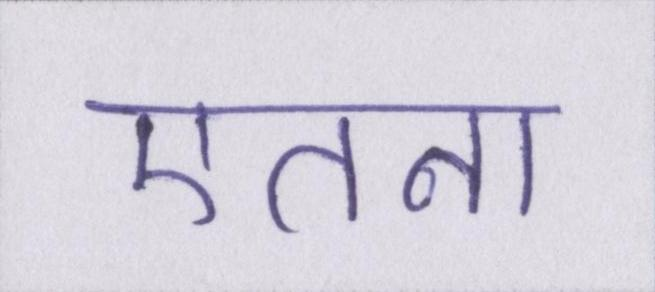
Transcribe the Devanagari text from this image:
एतना